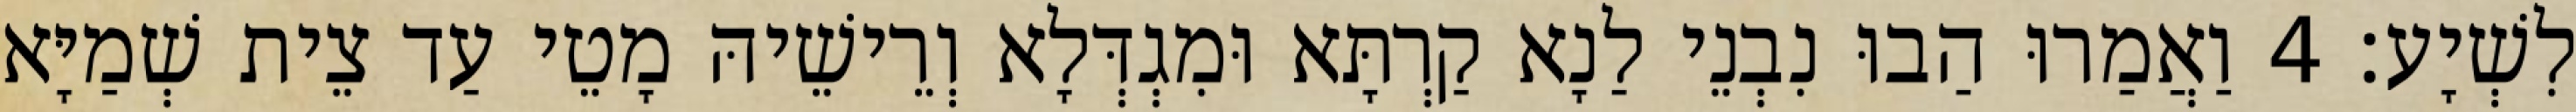
לִשְׁיָע׃ 4 וַאֲמַרוּ הַבוּ נִבְנֵי לַנָא קַרְתָּא וּמִגְדְּלָא וְרֵישֵׁיהּ מָטֵי עַד צֵית שְׁמַיָּא